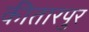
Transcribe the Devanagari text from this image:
कीतारपुर